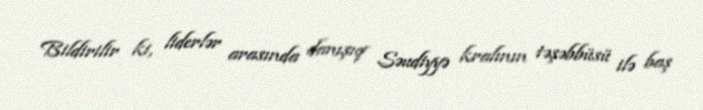
Bildirilir ki, liderlər arasında danışıq Səudiyyə kralının təşəbbüsü ilə baş